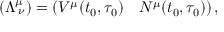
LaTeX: ( \Lambda _ { \; \nu } ^ { \mu } ) = \left( V ^ { \mu } ( t _ { 0 } , \tau _ { 0 } ) \quad N ^ { \mu } ( t _ { 0 } , \tau _ { 0 } ) \right) ,